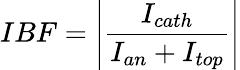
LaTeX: IBF=\left|\frac{I_{cath}}{I_{an}+I_{top}}\right|